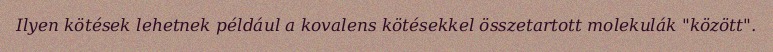
Ilyen kötések lehetnek például a kovalens kötésekkel összetartott molekulák "között".